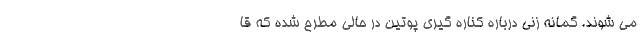
می شوند. گمانه زنی درباره کناره گیری پوتین در حالی مطرح شده که قا